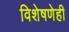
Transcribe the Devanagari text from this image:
विशेषणेही